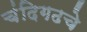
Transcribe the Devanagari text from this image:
चंदिगढचे